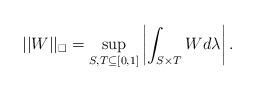
LaTeX: \begin{align*}||W||_{\square} = \sup_{S, T \subseteq [0, 1]}\left| \int_{S \times T } W d \lambda \right |.\end{align*}